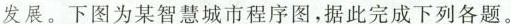
发展。下图为某智慧城市程序图，据此完成下列各题。